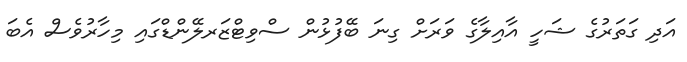
އަދި ގަތަރުގެ ޝަހީ އާއިލާގެ ވަރަށް ގިނަ ބޭފުޅުން ސްވިޓްޒަރލޭންޑްގައި މިހާރުވެސް އެބަ